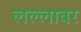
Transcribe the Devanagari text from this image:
लल्लावर